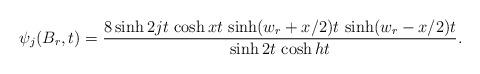
LaTeX: \begin{align*}\psi _{j}(B_{r},t)=\frac{8\sinh 2jt\,\cosh xt\,\sinh (w_{r}+x/2)t\,\sinh(w_{r}-x/2)t}{\sinh 2t\,\cosh ht}. \end{align*}